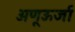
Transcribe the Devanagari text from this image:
अणूऊर्जा